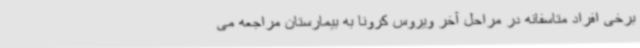
برخی افراد متاسفانه در مراحل آخر ویروس کرونا به بیمارستان مراجعه می